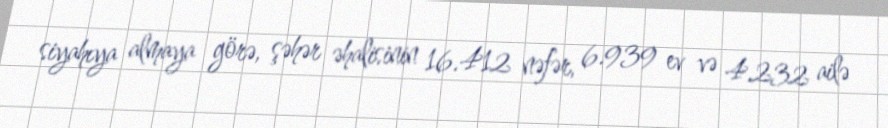
siyahıya almaya görə, şəhər əhalisinin 16.412 nəfər, 6.939 ev və 4.232 ailə